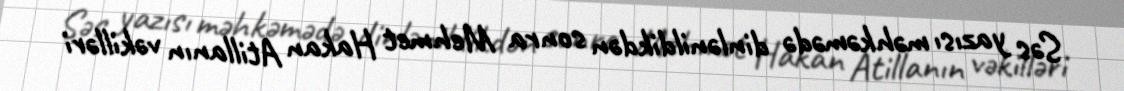
Səs yazısı məhkəmədə dinlənildikdən sonra Mehmet Hakan Atillanın vəkilləri